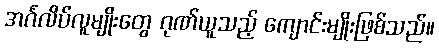
အင်္ဂလိပ်လူမျိုးတွေ ဂုဏ်ယူသည့် ကျောင်းမျိုးဖြစ်သည်။